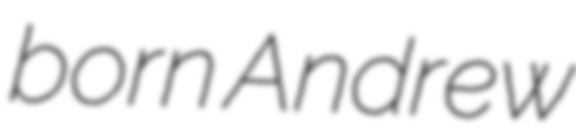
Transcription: born Andrew